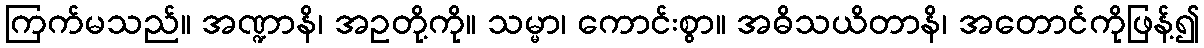
ကြက်မသည်။ အဏ္ဍာနိ၊ အဥတို့ကို။ သမ္မာ၊ ကောင်းစွာ။ အဓိသယိတာနိ၊ အတောင်ကိုဖြန့်၍